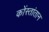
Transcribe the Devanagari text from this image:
कोंस्तांतान